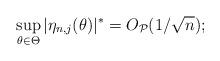
LaTeX: \begin{align*}\sup_{\theta\in\Theta}|\eta_{n,j}(\theta)|^*=O_{\mathcal P}(1/\sqrt n);\end{align*}